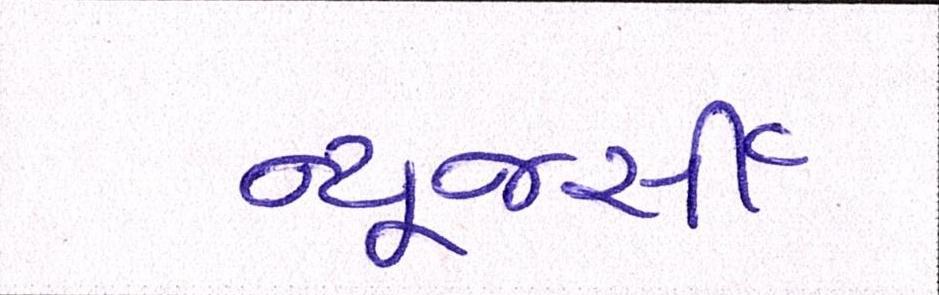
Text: ન્યૂજર્સી